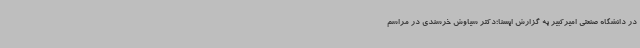
در دانشگاه صنعتی امیرکبیر به گزارش ایسنا؛دکتر سیاوش خرسندی در مراسم